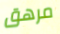
مرهق